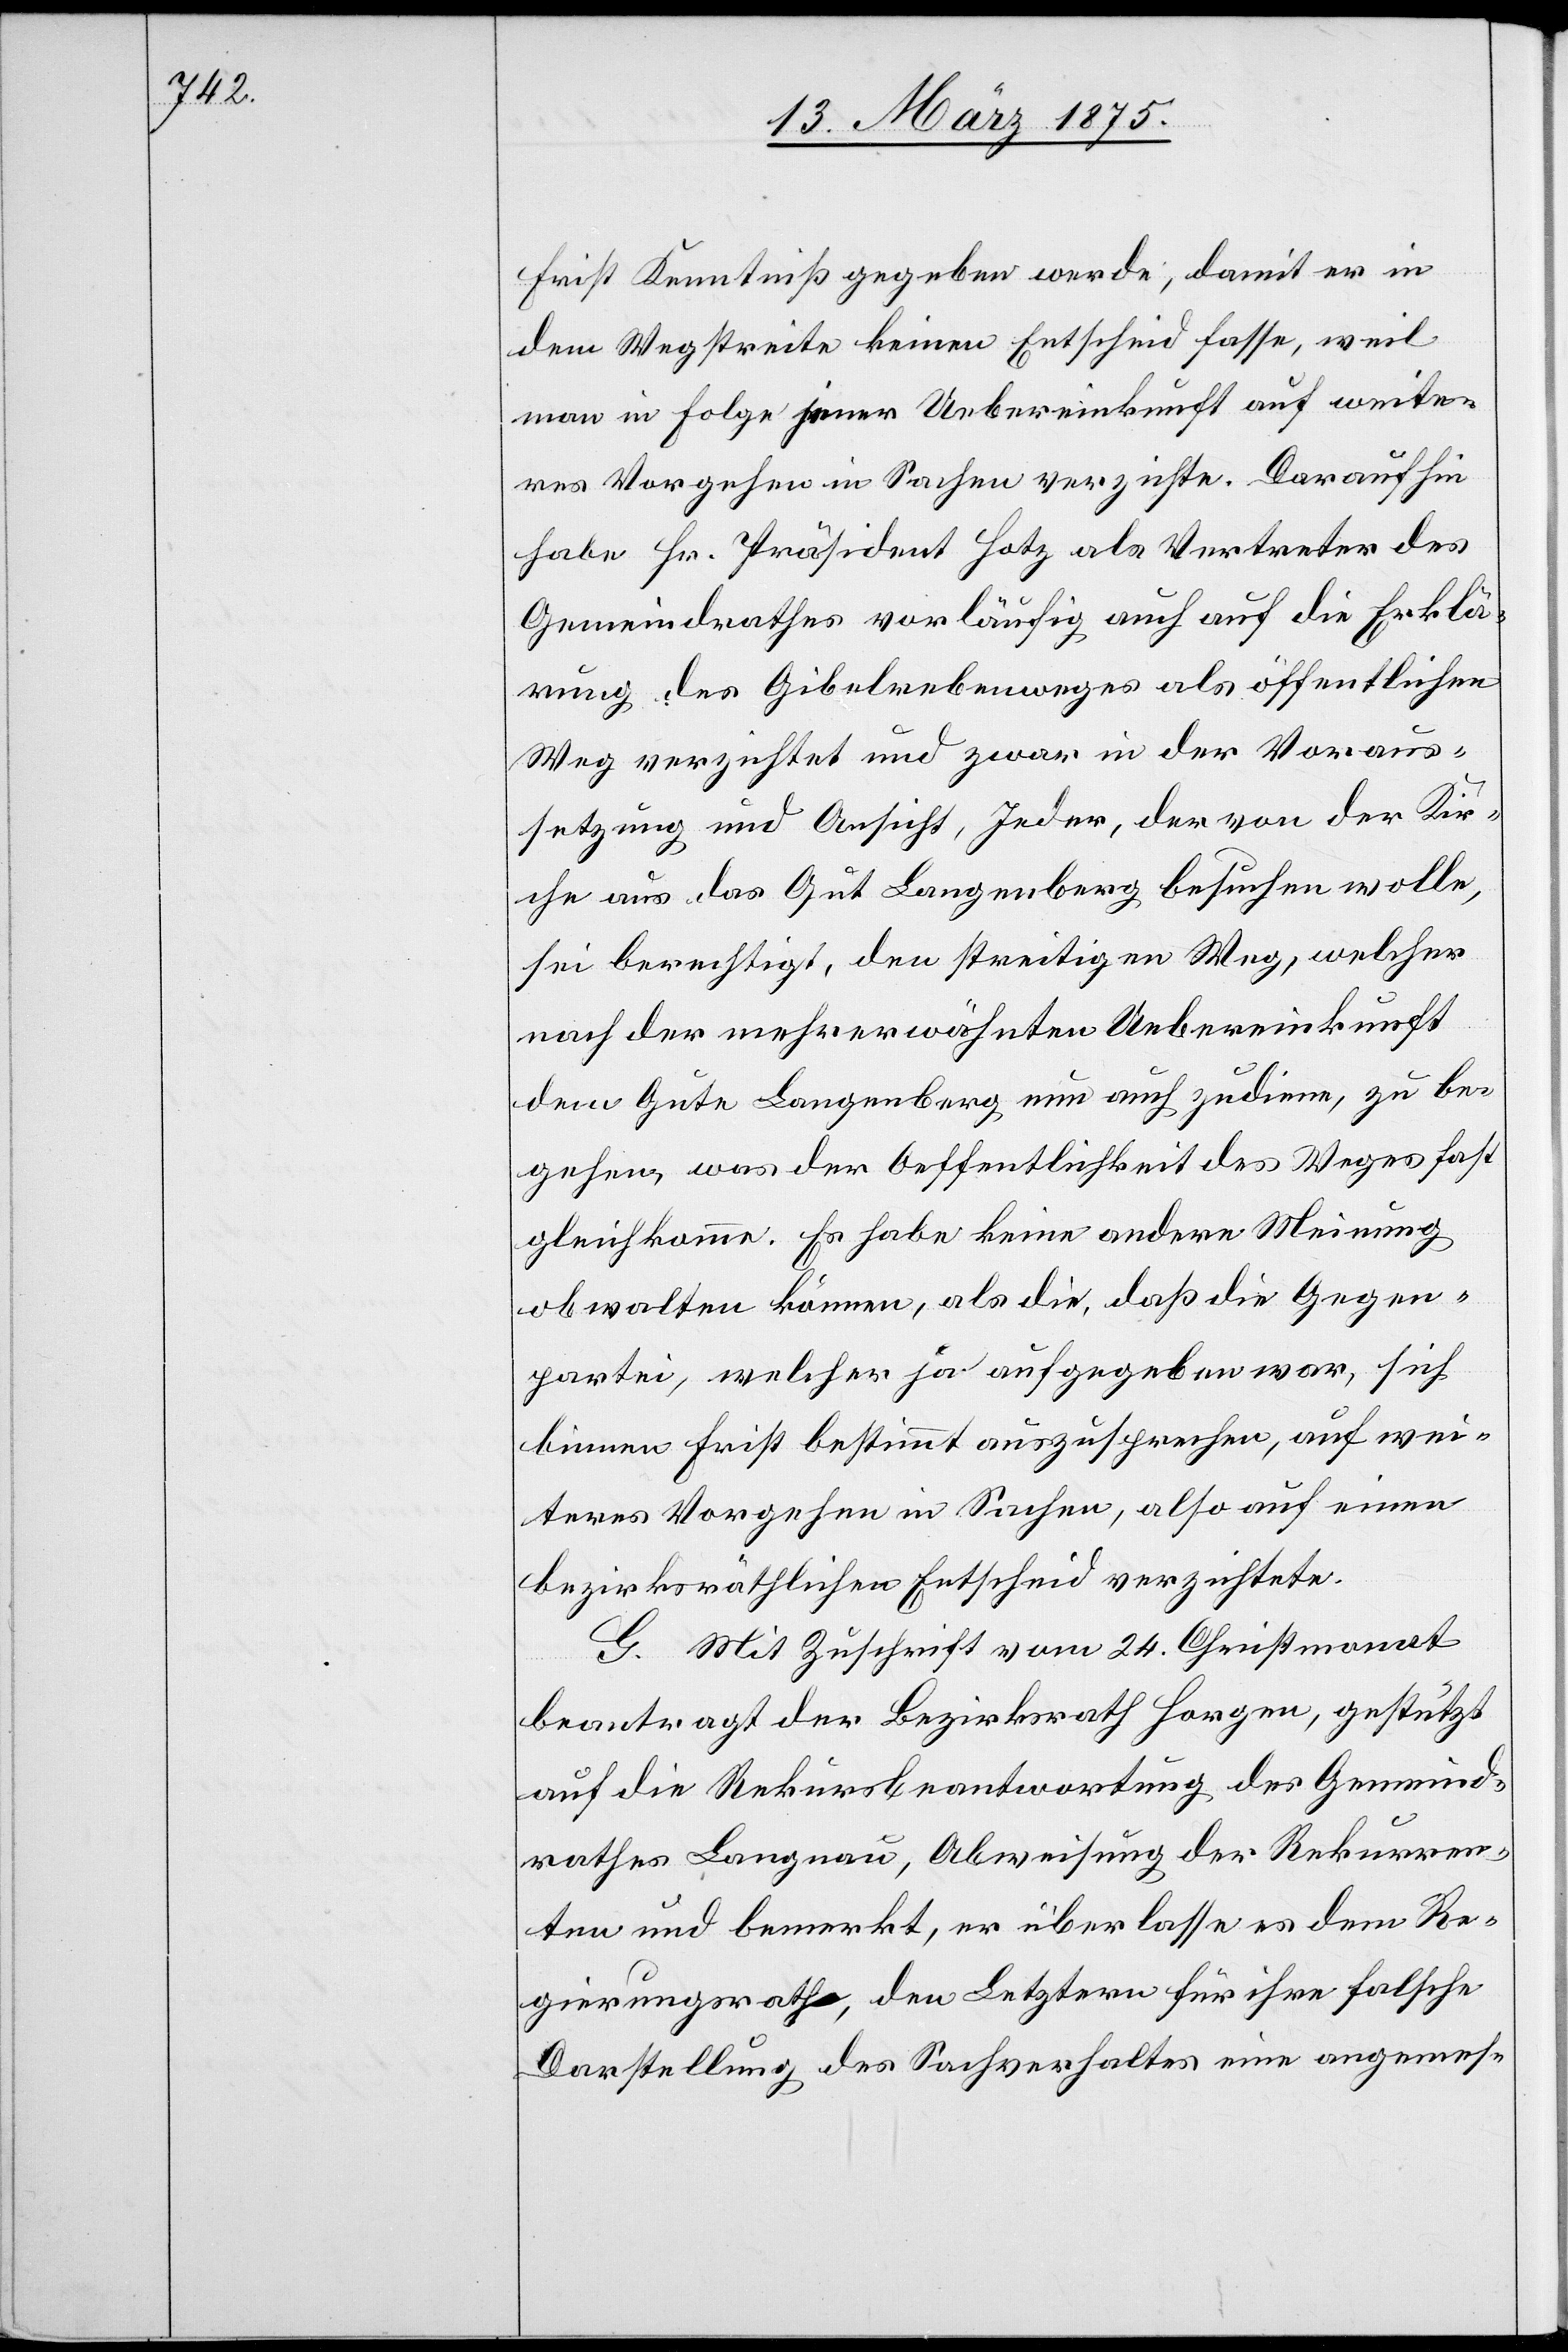
Frist Kenntniß gegeben wurde, damit er in
dem Wegstreite keinen Entscheid fasse, weil
man in Folge jener Uebereinkunft auf weite¬
res Vorgehen in Sachen verzichte. Daraufhin
habe Hr. Präsident Hotz als Vertreter des
Gemeindrathes vorläufig auch auf die Erklä¬
rung des Gibelrebenweges als öffentlichen
Weg verzichtet und zwar in der Voraus¬
setzung und Ansicht, Jeder, der von der Kir¬
che aus das Gut Langenberg besuchen wolle,
sei berechtigt, den streitigen Weg, welcher
nach der mehrerwähnten Uebereinkunft
dem Gute Langenberg nun auch zudiene, zu be¬
gehen, was der Oeffentlichkeit des Weges fast
gleichkomme. Es habe keine andere Meinung
obwalten können, als die, daß die Gegen¬
partei, welcher ja aufgegeben war, sich
binnen Frist bestimmt auszusprechen, auf wei¬
teres Vorgehen in Sachen, also auf einen
bezirksräthlichen Entscheid verzichtete.
G. Mit Zuschrift vom 24. Christmonat
beantragt der Bezirksrath Horgen, gestützt
auf die Rekursbeantwortung der Gemeind¬
rathes Langnau, Abweisung der Rekurren¬
ten und bemerkt, er überlasse es dem Re¬
gierungsrathe, den Letztern für ihre falsche
Darstellung des Sachverhaltes eine angemes-